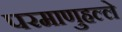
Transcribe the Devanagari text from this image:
परमाणुहल्ले